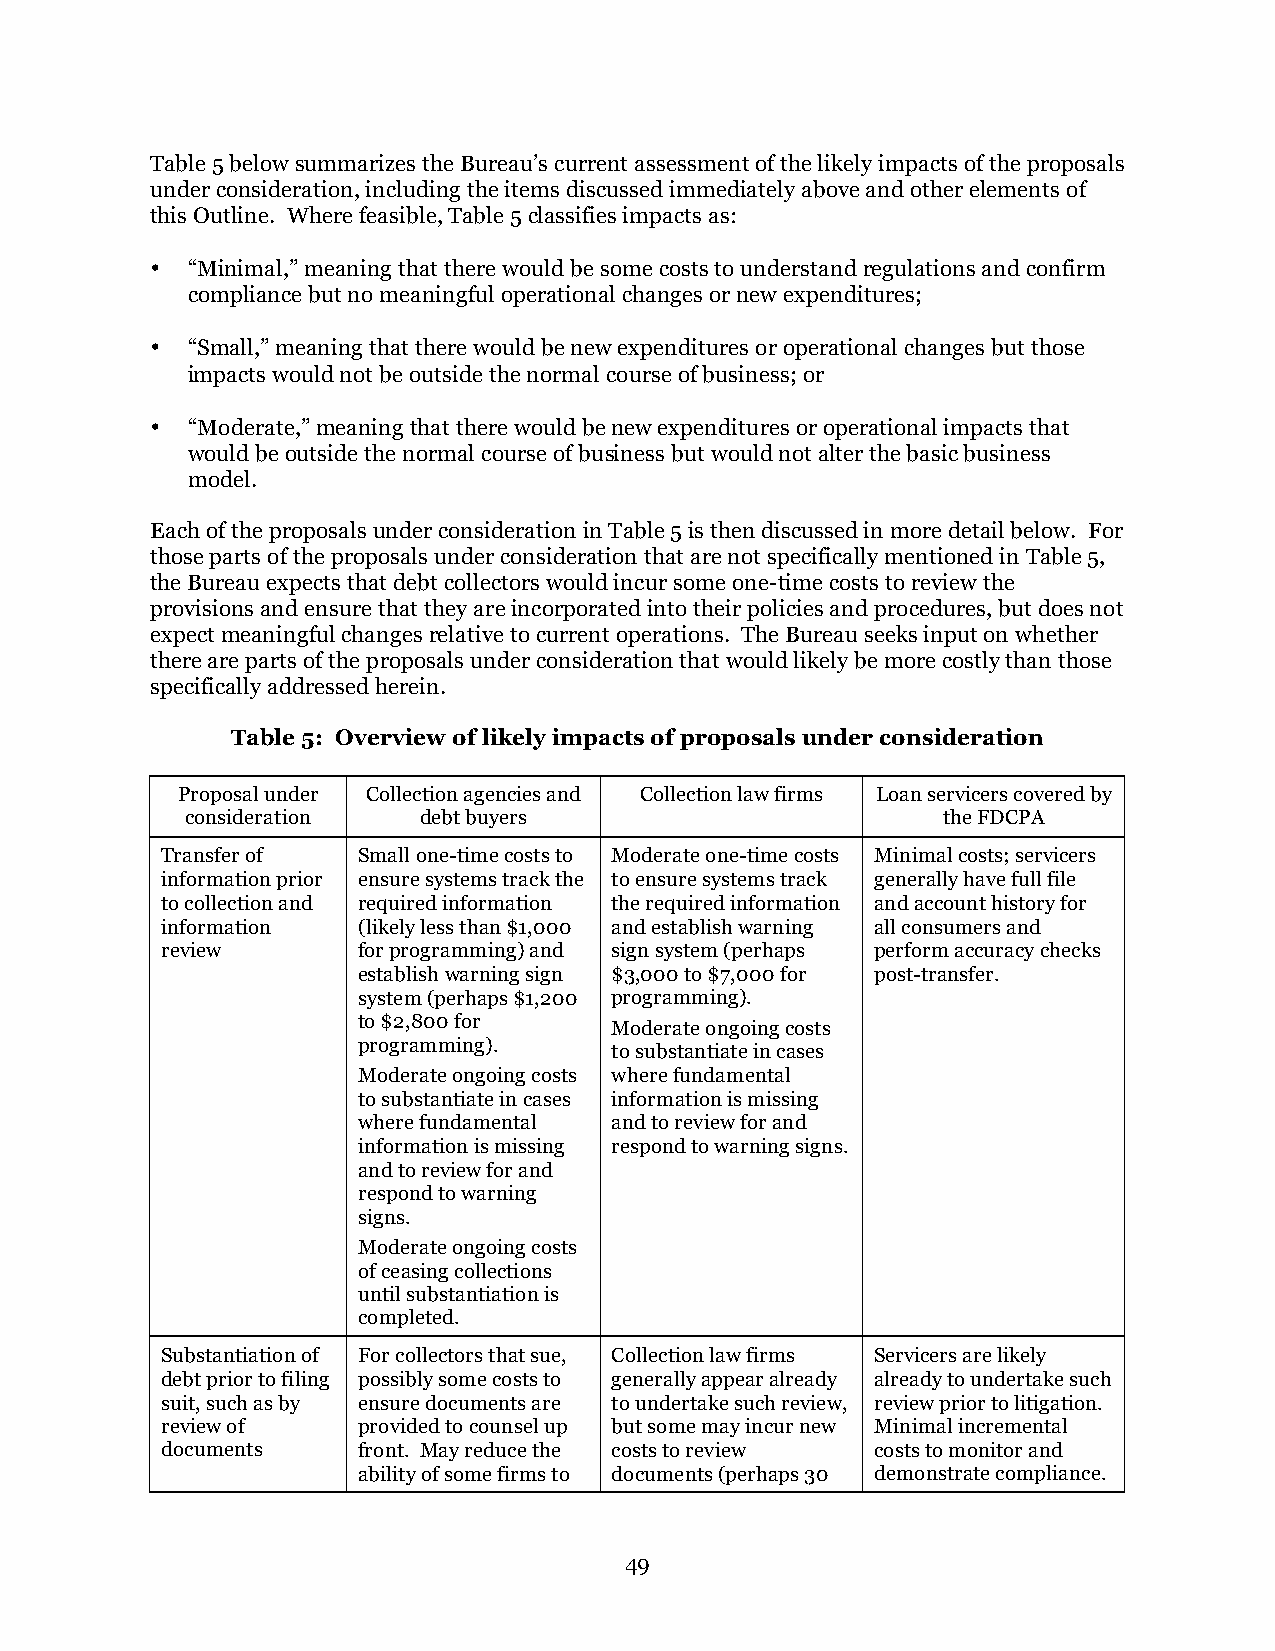
Table 5 below summarizes the Bureau’s current assessment of the likely impacts of the proposals
 under consideration, including the items discussed immediately above and other elements of
 this Outline. Where feasible, Table 5 classifies impacts as:
 • “Minimal,” meaning that there would be some costs to understand regulations and confirm
 compliance but no meaningful operational changes or new expenditures;
 • “Small,” meaning that there would be new expenditures or operational changes but those
 impacts would not be outside the normal course of business; or
 • “Moderate,” meaning that there would be new expenditures or operational impacts that
 would be outside the normal course of business but would not alter the basic business
 model.
 Each of the proposals under consideration in Table 5 is then discussed in more detail below. For
 those parts of the proposals under consideration that are not specifically mentioned in Table 5,
 the Bureau expects that debt collectors would incur some one-time costs to review the
 provisions and ensure that they are incorporated into their policies and procedures, but does not
 expect meaningful changes relative to current operations. The Bureau seeks input on whether
 there are parts of the proposals under consideration that would likely be more costly than those
 specifically addressed herein.
 Table 5: Overview of likely impacts of proposals under consideration
 Proposal under Collection agencies and Collection law firms Loan servicers covered by
 consideration   debt buyers                       the FDCPA
 Transfer of  Small one-time costs to Moderate one-time costs Minimal costs; servicers
 information prior ensure systems track the to ensure systems track generally have full file
 to collection and required information the required information and account history for
 information  (likely less than $1,000 and establish warning all consumers and
 review       for programming) and sign system (perhaps perform accuracy checks
 establish warning sign $3,000 to $7,000 for post-transfer.
 system (perhaps $1,200 programming).
 to $2,800 for
 Moderate ongoing costs
 programming).
 to substantiate in cases
 Moderate ongoing costs where fundamental
 to substantiate in cases information is missing
 where fundamental and to review for and
 information is missing respond to warning signs.
 and to review for and
 respond to warning
 signs.
 Moderate ongoing costs
 of ceasing collections
 until substantiation is
 completed.
 Substantiation of For collectors that sue, Collection law firms Servicers are likely
 debt prior to filing possibly some costs to generally appear already already to undertake such
 suit, such as by ensure documents are to undertake such review, review prior to litigation.
 review of    provided to counsel up but some may incur new Minimal incremental
 documents    front. May reduce the costs to review costs to monitor and
 ability of some firms to documents (perhaps 30 demonstrate compliance.
 49